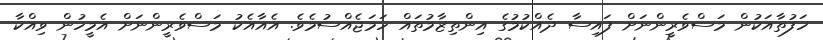
ހަފުތާއަކުން މަސްވެރީންނަށް ފައިސާ ދެއްކުމުގެ އިންތިޒާމުތައް ހަމަޖެއްސުމެވެ. އެއާއެކު މަސްވެރީންނަށް އެމީހުން ވިއްކާ